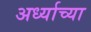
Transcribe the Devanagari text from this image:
अर्ध्याच्या